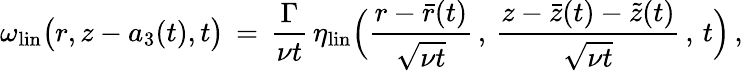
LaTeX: \omega_{\mathrm{lin}}\bigl(r,z-a_{3}(t),t\bigr)\, =\, \frac{\Gamma}{\nu t}\, \eta_{\mathrm{lin}}\Bigl(\frac{r-\bar{r}(t)}{\sqrt{\nu t}}\, ,\, \frac{z-\bar{z}(t)-\tilde{z}(t)}{\sqrt{\nu t}}\, ,\, t\Bigr)\, ,